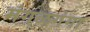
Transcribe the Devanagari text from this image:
मंगळगंगा